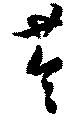
苓